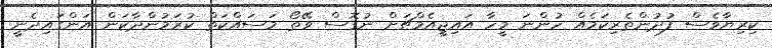
ކިރިޔާވެސް ފުދުންތެރިކަމެއް ހުންނަ މީހާ އައިޖީއެމްޗަށް ނުގޮސް ވޭތޯ މަސައްކަތް ކުރަމުންދާކަން އަންގައިދެނީ